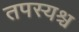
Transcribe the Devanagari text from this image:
तपस्यश्च